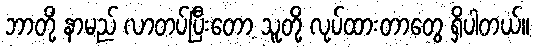
ဘာတို့ နာမည် လာတပ်ပြီးတော့ သူတို့ လုပ်ထားတာတွေ ရှိပါတယ်။